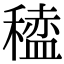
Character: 𫁆